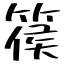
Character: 篌